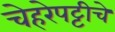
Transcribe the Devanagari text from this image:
चेहरेपट्टीचे